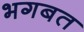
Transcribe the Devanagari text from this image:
भगबत